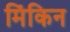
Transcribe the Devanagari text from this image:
मिंकिन